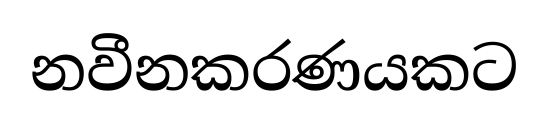
නවීනකරණයකට